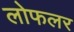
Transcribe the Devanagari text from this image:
लोफलर